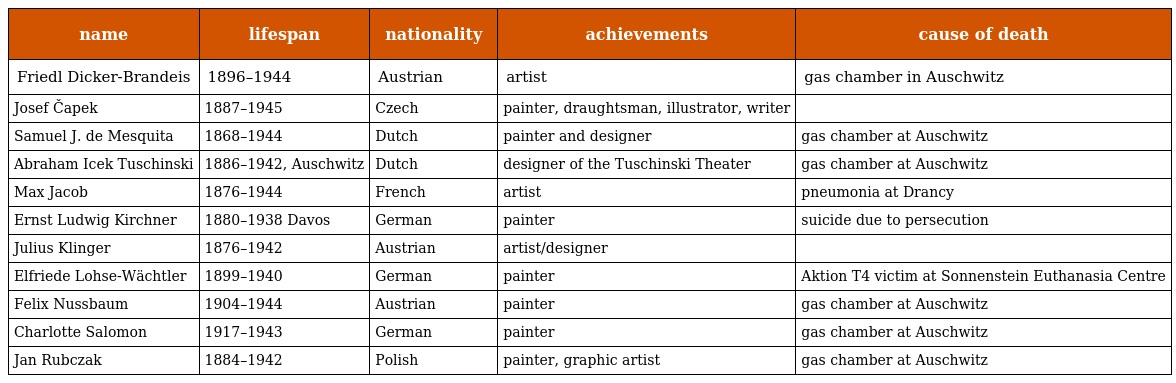
| name | lifespan | nationality | achievements | cause of death |
 | --- | --- | --- | --- | --- |
 | Friedl Dicker-Brandeis | 1896–1944 | Austrian | artist | gas chamber in Auschwitz |
 | Josef Čapek | 1887–1945 | Czech | painter, draughtsman, illustrator, writer |  |
 | Samuel J. de Mesquita | 1868–1944 | Dutch | painter and designer | gas chamber at Auschwitz |
 | Abraham Icek Tuschinski | 1886–1942, Auschwitz | Dutch | designer of the Tuschinski Theater | gas chamber at Auschwitz |
 | Max Jacob | 1876–1944 | French | artist | pneumonia at Drancy |
 | Ernst Ludwig Kirchner | 1880–1938 Davos | German | painter | suicide due to persecution |
 | Julius Klinger | 1876–1942 | Austrian | artist/designer |  |
 | Elfriede Lohse-Wächtler | 1899–1940 | German | painter | Aktion T4 victim at Sonnenstein Euthanasia Centre |
 | Felix Nussbaum | 1904–1944 | Austrian | painter | gas chamber at Auschwitz |
 | Charlotte Salomon | 1917–1943 | German | painter | gas chamber at Auschwitz |
 | Jan Rubczak | 1884–1942 | Polish | painter, graphic artist | gas chamber at Auschwitz |